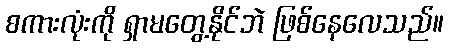
စကားလုံးကို ရှာမတွေ့နိုင်ဘဲ ဖြစ်နေလေသည်။